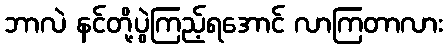
ဘာလဲ နင်တို့ပွဲကြည့်ရအောင် လာကြတာလား